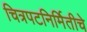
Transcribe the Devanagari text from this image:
चित्रपटनिर्मितीचे